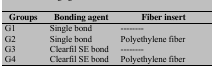
| Groups | Bonding agent | Fiber insert |
 | --- | --- | --- |
 | G1 | Single bond | -------- |
 | G2 | Single bond | Polyethylene fiber |
 | G3 | Clearfil SE bond | -------- |
 | G4 | Clearfil SE bond | Polyethylene fiber |